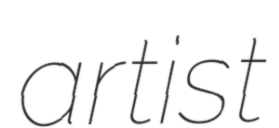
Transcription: artist